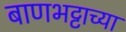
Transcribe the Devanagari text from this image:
बाणभट्टाच्या